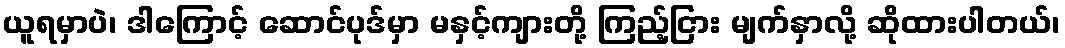
ယူရမှာပဲ၊ ဒါကြောင့် ဆောင်ပုဒ်မှာ မနှင့်ကျားတို့ ကြည့်ငြား မျက်နှာလို့ ဆိုထားပါတယ်၊